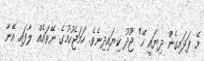
މޭ ފަޅައިގެން ދިޔައީ ހޭ" ޖޫދު ކިޔައިދިނެވެ. ހަމަޖެހުމުގެ ނޭވައެއް ލާފައި އޭނާ